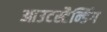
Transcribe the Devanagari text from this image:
आउटस्टैन्डिंग